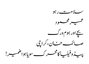
سلامت رہو
عمیر محمود
بچے اور ہوم ورک
صائمہ خان، کراچی
پیڈوفیلیا کامحرک سویا ہوا ضمیر!